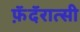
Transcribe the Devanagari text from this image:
फ़ॅदॅरात्सी